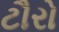
ટૌરો